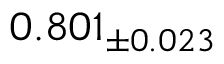
0 . 8 0 1 _ { \pm 0 . 0 2 3 }